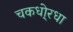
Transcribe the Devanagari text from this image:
चकधो्रधा